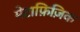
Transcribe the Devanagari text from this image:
मेटाफ़िज़िक